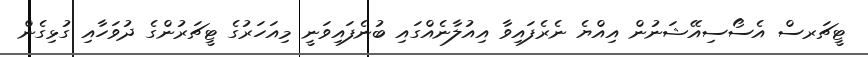
ޓީޗަރސް އެސޯސިއޭޝަނުން އިއްޔެ ނެރެފައިވާ އިއުލާނެއްގައި ބުނެފައިވަނީ މިއަހަރުގެ ޓީޗަރުންގެ ދުވަހާއި ގުޅިގެން